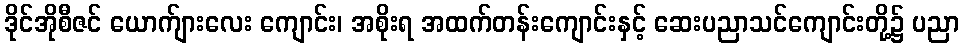
ဒိုင်အိုစီဇင် ယောက်ျားလေး ကျောင်း၊ အစိုးရ အထက်တန်းကျောင်းနှင့် ဆေးပညာသင်ကျောင်းတို့၌ ပညာ